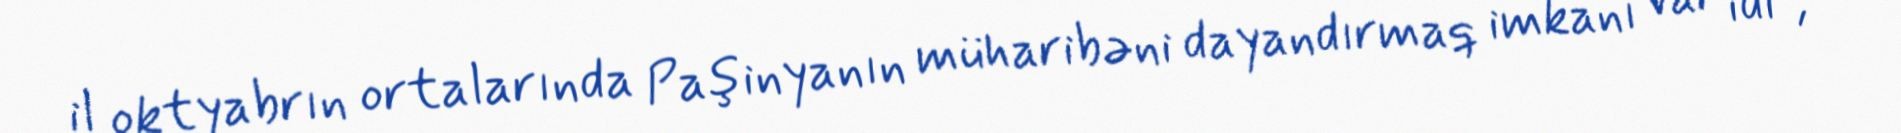
il oktyabrın ortalarında Paşinyanın müharibəni dayandırmaq imkanı var idi”, -